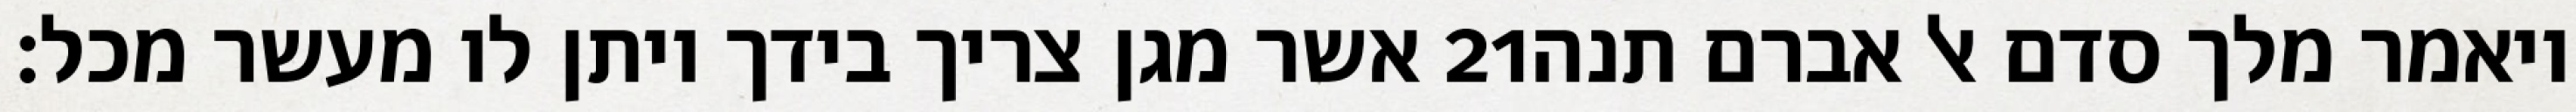
אשר מגן צריך בידך ויתן לו מעשר מכל׃ ‎21‏ ויאמר מלך סדם אל אברם תנה